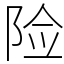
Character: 险